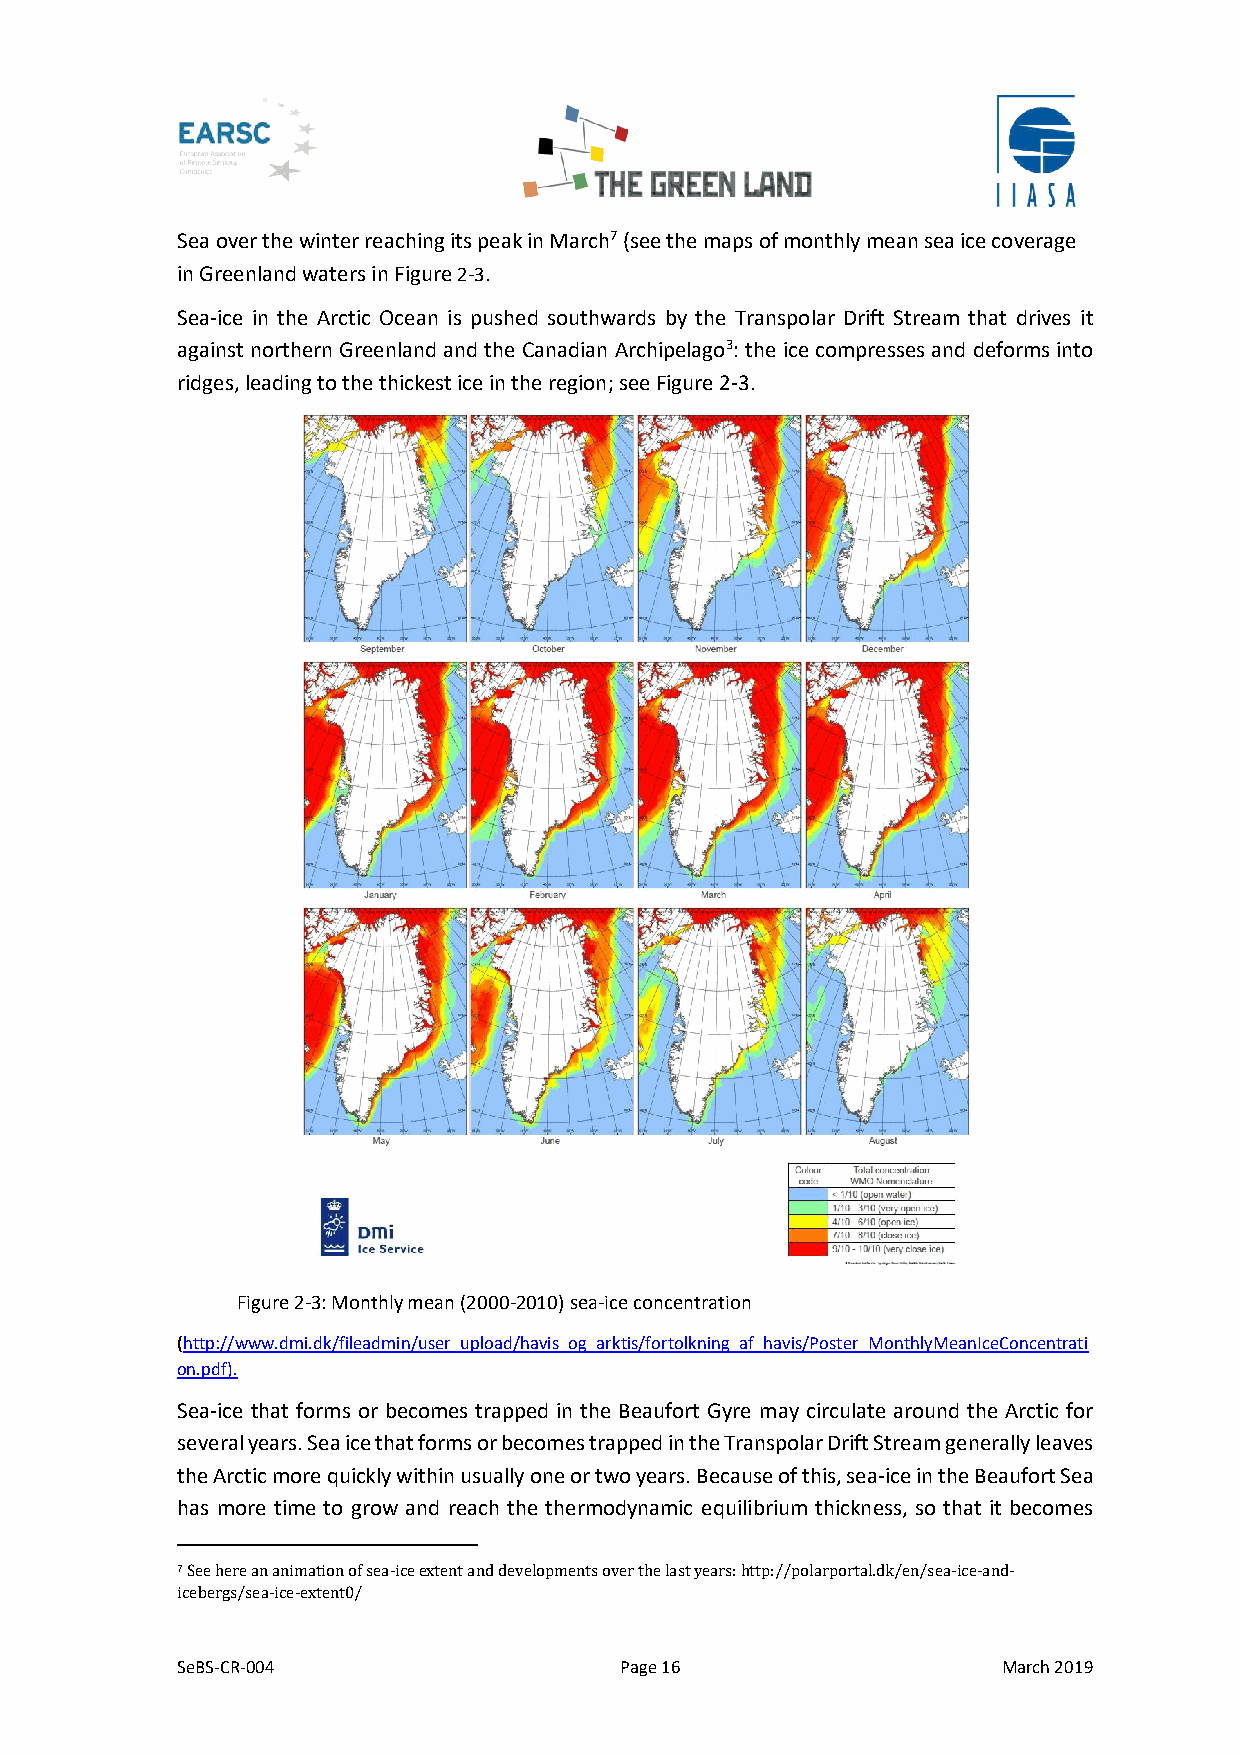
Sea over the winter reaching its peak in March7 (see the maps of monthly mean sea ice coverage
 in Greenland waters in Figure 2-3.
 Sea-ice in the Arctic Ocean is pushed southwards by the Transpolar Drift Stream that drives it
 against northern Greenland and the Canadian Archipelago3: the ice compresses and deforms into
 ridges, leading to the thickest ice in the region; see Figure 2-3.
 Figure 2-3: Monthly mean (2000-2010) sea-ice concentration
 (http://www.dmi.dk/fileadmin/user_upload/havis_og_arktis/fortolkning_af_havis/Poster_MonthlyMeanIceConcentrati
 on.pdf).
 Sea-ice that forms or becomes trapped in the Beaufort Gyre may circulate around the Arctic for
 several years. Sea ice that forms or becomes trapped in the Transpolar Drift Stream generally leaves
 the Arctic more quickly within usually one or two years. Because of this, sea-ice in the Beaufort Sea
 has more time to grow and reach the thermodynamic equilibrium thickness, so that it becomes
 7 See here an animation of sea-ice extent and developments over the last years: http://polarportal.dk/en/sea-ice-and-
 icebergs/sea-ice-extent0/
 SeBS-CR-004                  Page 16                  March 2019